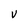
Character: v